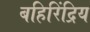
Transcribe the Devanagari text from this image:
बहिरिंद्रिय